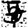
Digit: 7